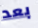
بعد